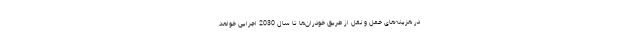
در هزینه‌های حمل و نقل از طریق خودران‌ها تا سال 2030 اجرایی خواهد